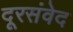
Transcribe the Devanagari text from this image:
दूरसंवेद